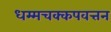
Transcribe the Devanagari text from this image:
धम्मचक्कपवत्तन